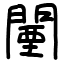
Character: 闉